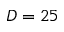
D = 2 5